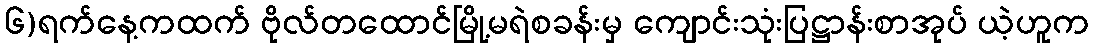
၆)ရက်နေ့ကထက် ဗိုလ်တထောင်မြို့မရဲစခန်းမှ ကျောင်းသုံးပြဋ္ဌာန်းစာအုပ် ယဲ့ဟူက